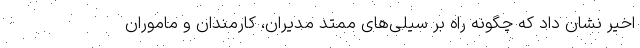
اخیر نشان داد که چگونه راه بر سیلی‌های ممتد مدیران، کارمندان و ماموران